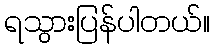
ရသွားပြန်ပါတယ်။